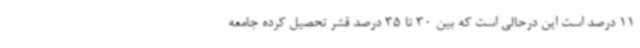
11 درصد است این درحالی است که بین 30 تا 35 درصد قشر تحصیل کرده جامعه